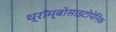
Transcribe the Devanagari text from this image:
थ्रॉम्बोसाइटोपेनिक